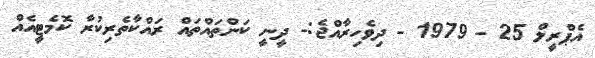
އެޕްރީލް 25 - 1979 - ދިވެހިރާއްޖެ:- ދީނީ ކަންތައްތައް ރައްކާތެރިކުރާ ކޮމެޓީއެއް